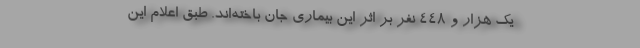
یک هزار و 448 نفر بر اثر این بیماری جان باخته‌اند. طبق اعلام این